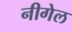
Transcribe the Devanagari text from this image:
नीगेल